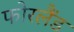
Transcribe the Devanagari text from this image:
फोरलैंड